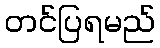
တင်ပြရမည်